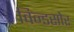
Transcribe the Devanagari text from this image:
विन्डसोर